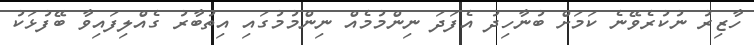
ހާޒިރު ނުކުރެވޭނެ ކަމަށް ބުނާހިދު އެފަދަ ނިންމުމެއް ނިންމުމުގައި އިތުބާރު ގެއްލިފައިވާ ބޭފުޅަކު